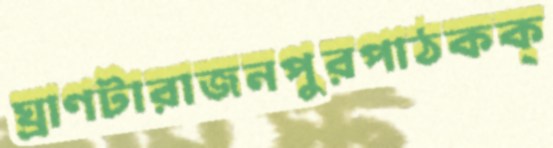
ঘ্রাণটারাজনপুরপাঠকক্